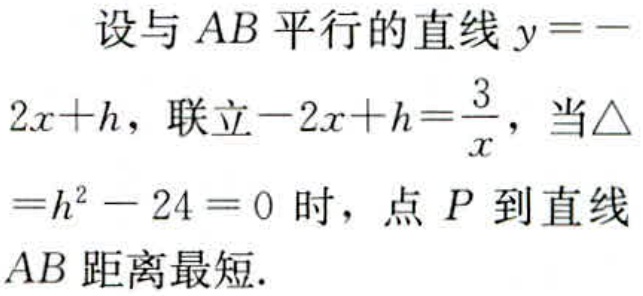
设与 \(AB\) 平行的直线 \(y = -2x + h\)，联立 \(-2x + h=\frac{3}{x}\)，当\(\triangle =h^{2}-24 = 0\) 时，点 \(P\) 到直线 \(AB\) 距离最短.